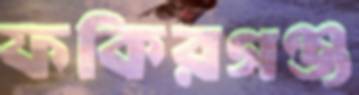
ফকিরগঞ্জ